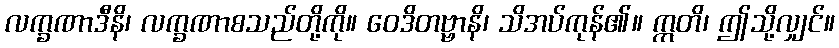
လက္ခဏာဒီနိ၊ လက္ခဏာစသည်တို့ကို။ ဝေဒိတဗ္ဗာနိ၊ သိအပ်ကုန်၏။ ဣတိ၊ ဤသို့လျှင်။